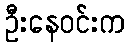
ဦးနေဝင်းက